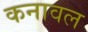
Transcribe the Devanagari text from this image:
कनावल